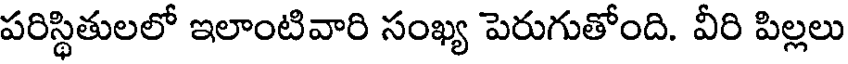
పరిస్థితులలో ఇలాంటివారి సంఖ్య పెరుగుతోంది. వీరి పిల్లలు